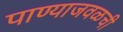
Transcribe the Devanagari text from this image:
पाण्याजवळची